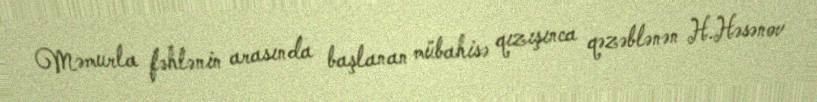
Məmurla fəhlənin arasında başlanan mübahisə qızışınca qəzəblənən H.Həsənov